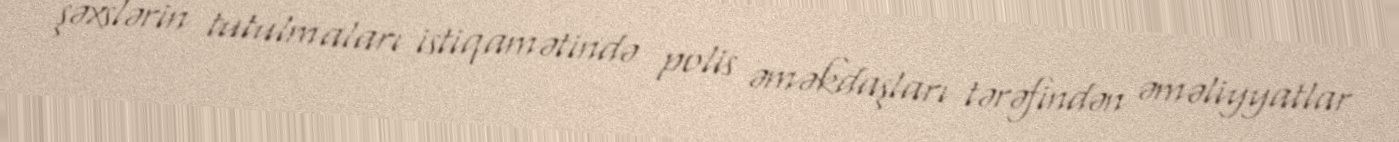
şəxslərin tutulmaları istiqamətində polis əməkdaşları tərəfindən əməliyyatlar